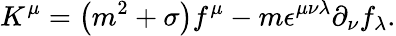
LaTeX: K^{\mu}=\left(m^{2}+\sigma\right)f^{\mu}-m\epsilon^{\mu\nu\lambda}\partial_{\nu}f_{\lambda}.